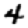
Digit: 4